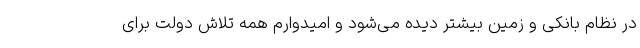
در نظام بانکی و زمین بیشتر دیده می‌شود و امیدوارم همه تلاش دولت برای